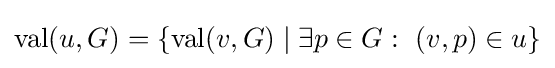
\operatorname {val} (u,G)=\{\operatorname {val} (v,G)\mid \exists p\in G:~(v,p)\in u\}